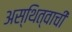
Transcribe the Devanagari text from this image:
अस्थित्वाची